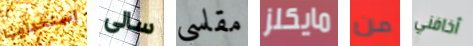
إستخدامها سالى مقاسي مايكلز من أخافني